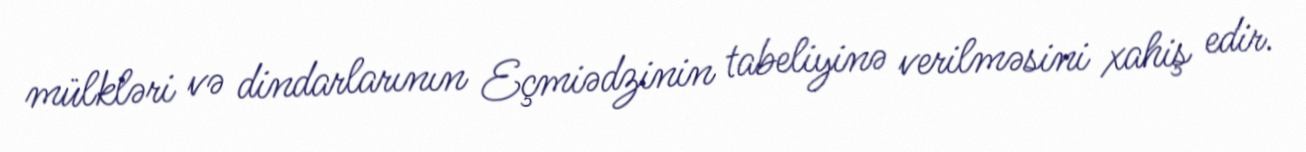
mülkləri və dindarlarının Eçmiədzinin tabeliyinə verilməsini xahiş edir.